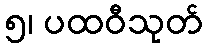
၅၊ ပထဝီသုတ်